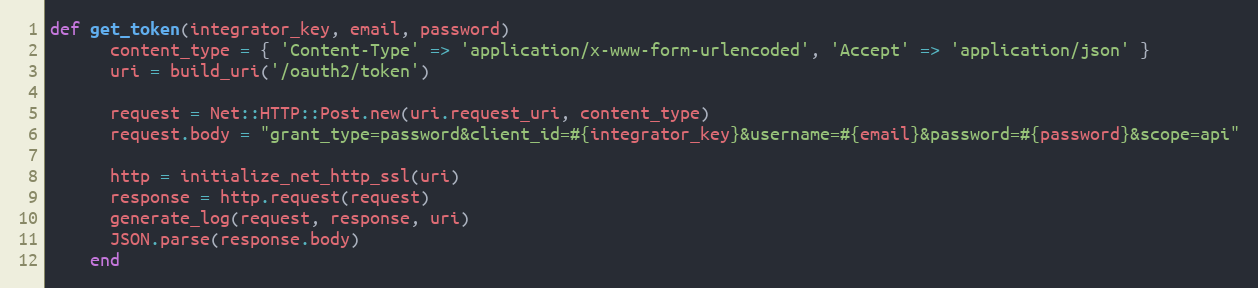
Language: Ruby
def get_token(integrator_key, email, password)
      content_type = { 'Content-Type' => 'application/x-www-form-urlencoded', 'Accept' => 'application/json' }
      uri = build_uri('/oauth2/token')

      request = Net::HTTP::Post.new(uri.request_uri, content_type)
      request.body = "grant_type=password&client_id=#{integrator_key}&username=#{email}&password=#{password}&scope=api"

      http = initialize_net_http_ssl(uri)
      response = http.request(request)
      generate_log(request, response, uri)
      JSON.parse(response.body)
    end